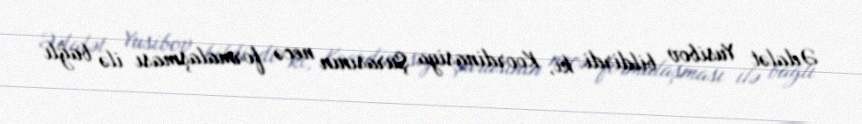
Ədalət Yusibov bildirdi ki, Koordinasiya Şurasının necə formalaşması ilə bağlı